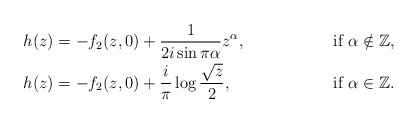
\begin{align*}&h(z)=-f_2(z,0)+\frac{1}{2i\sin \pi\alpha}z^\alpha,& \mbox{ if $\alpha\notin\mathbb Z$,}\\&h(z)=-f_2(z,0)+\frac{i}{\pi}\log\frac{\sqrt{z}}{2},&\mbox{ if $\alpha\in\mathbb Z$.}\end{align*}